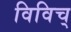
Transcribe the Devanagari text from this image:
विविच्